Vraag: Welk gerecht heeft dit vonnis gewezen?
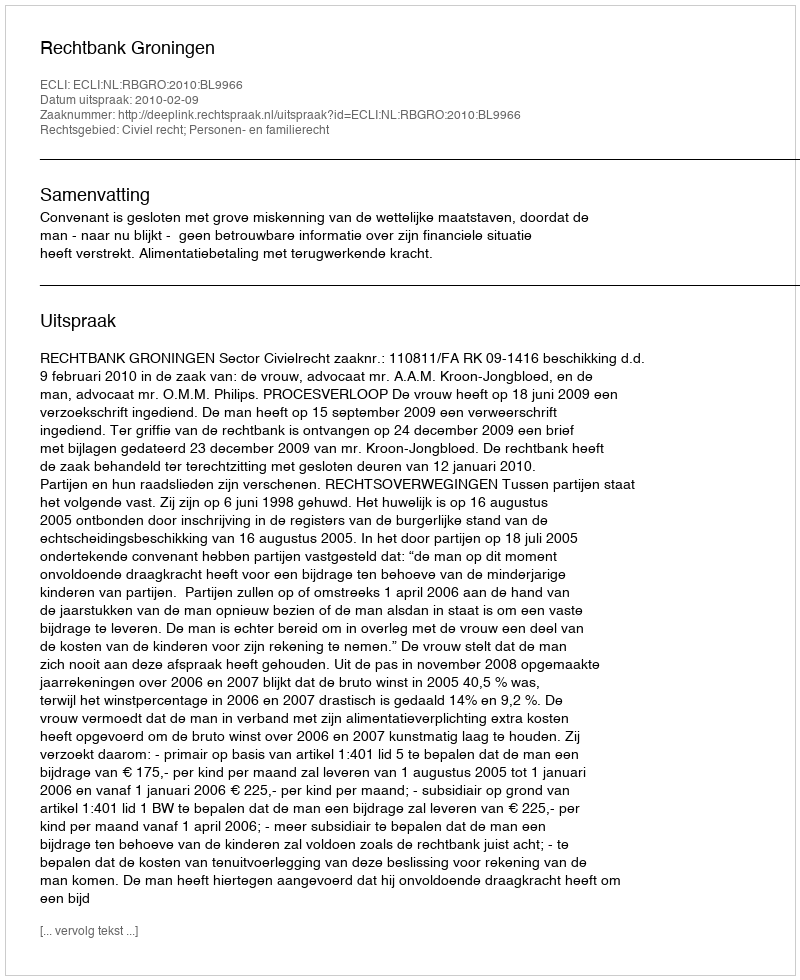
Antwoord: Rechtbank Groningen